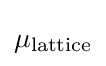
\mu _{\rm {lattice}}